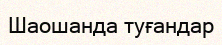
Шаошанда туғандар